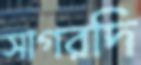
সাগরদি